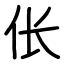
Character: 伥